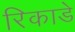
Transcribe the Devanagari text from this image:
रिकाडे